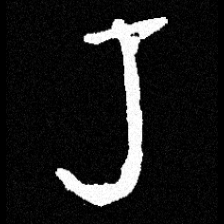
Pyu character \u2014 Myanmar letter: ရ (romanized: ra)